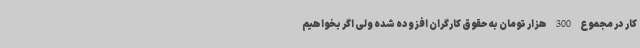
کار در مجموع 300 هزار تومان به حقوق کارگران افزوده شده ولی اگر بخواهیم